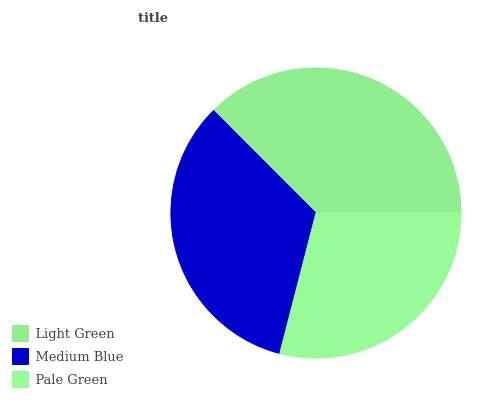
| Light Green | Medium Blue | Pale Green |
 | --- | --- | --- |
 | 37.6% | 33.4% | 29% |